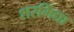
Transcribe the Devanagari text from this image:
शरमिंद्या